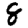
Digit: 8